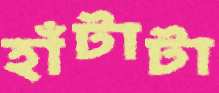
হাঁটাটা